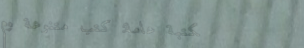
مكتبة عامة: كتب متنوعة وم